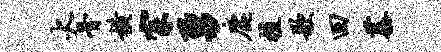
火骨横宗勇鹿植歌回蓁